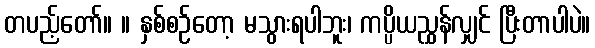
တပည့်တော်။ ။ နှစ်စဉ်တော့ မသွားရပါဘူး၊ ကပ္ပိယညွှန်လျှင် ပြီးတာပါပဲ။